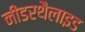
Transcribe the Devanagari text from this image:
नींडरथैलाइड